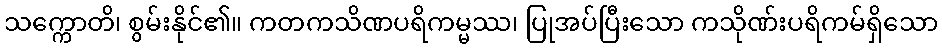
သက္ကောတိ၊ စွမ်းနိုင်၏။ ကတကသိဏပရိကမ္မဿ၊ ပြုအပ်ပြီးသော ကသိုဏ်းပရိကမ်ရှိသော